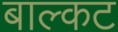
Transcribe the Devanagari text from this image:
बाल्कट